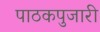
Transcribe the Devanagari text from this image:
पाठकपुजारी